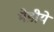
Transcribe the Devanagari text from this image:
भेडीये